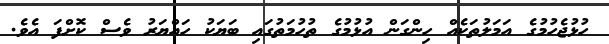
ހުޅުޖެހުމުގެ އަމަލުތަކެއް ހިންގަން އުޅުމުގެ ތުހުމަތުގައި ބަޔަކު ހައްޔަރު ވެސް ކޮށްފަ އެވެ.